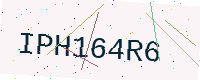
Text: IPH164R6